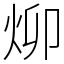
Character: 㶯